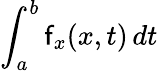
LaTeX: \int_{a}^{b}\mathsf{f}_{x}(x,t)\, dt